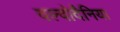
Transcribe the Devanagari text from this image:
वल्वोदैनिया